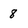
Character: 8